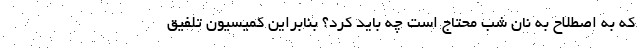
که به اصطلاح به نان شب محتاج است چه باید کرد؟ بنابراین کمیسیون تلفیق